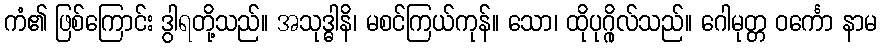
ကံ၏ ဖြစ်ကြောင်း ဒွါရတို့သည်။ အသုဒ္ဓါနိ၊ မစင်ကြယ်ကုန်။ သော၊ ထိုပုဂ္ဂိုလ်သည်။ ဂေါမုတ္တ ဝင်္ကော နာမ